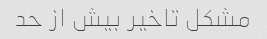
مشکل تاخیر بیش از حد